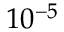
1 0 ^ { - 5 }